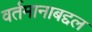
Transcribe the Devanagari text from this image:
वर्तमानाबद्दल